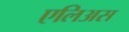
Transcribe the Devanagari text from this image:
एलिअस